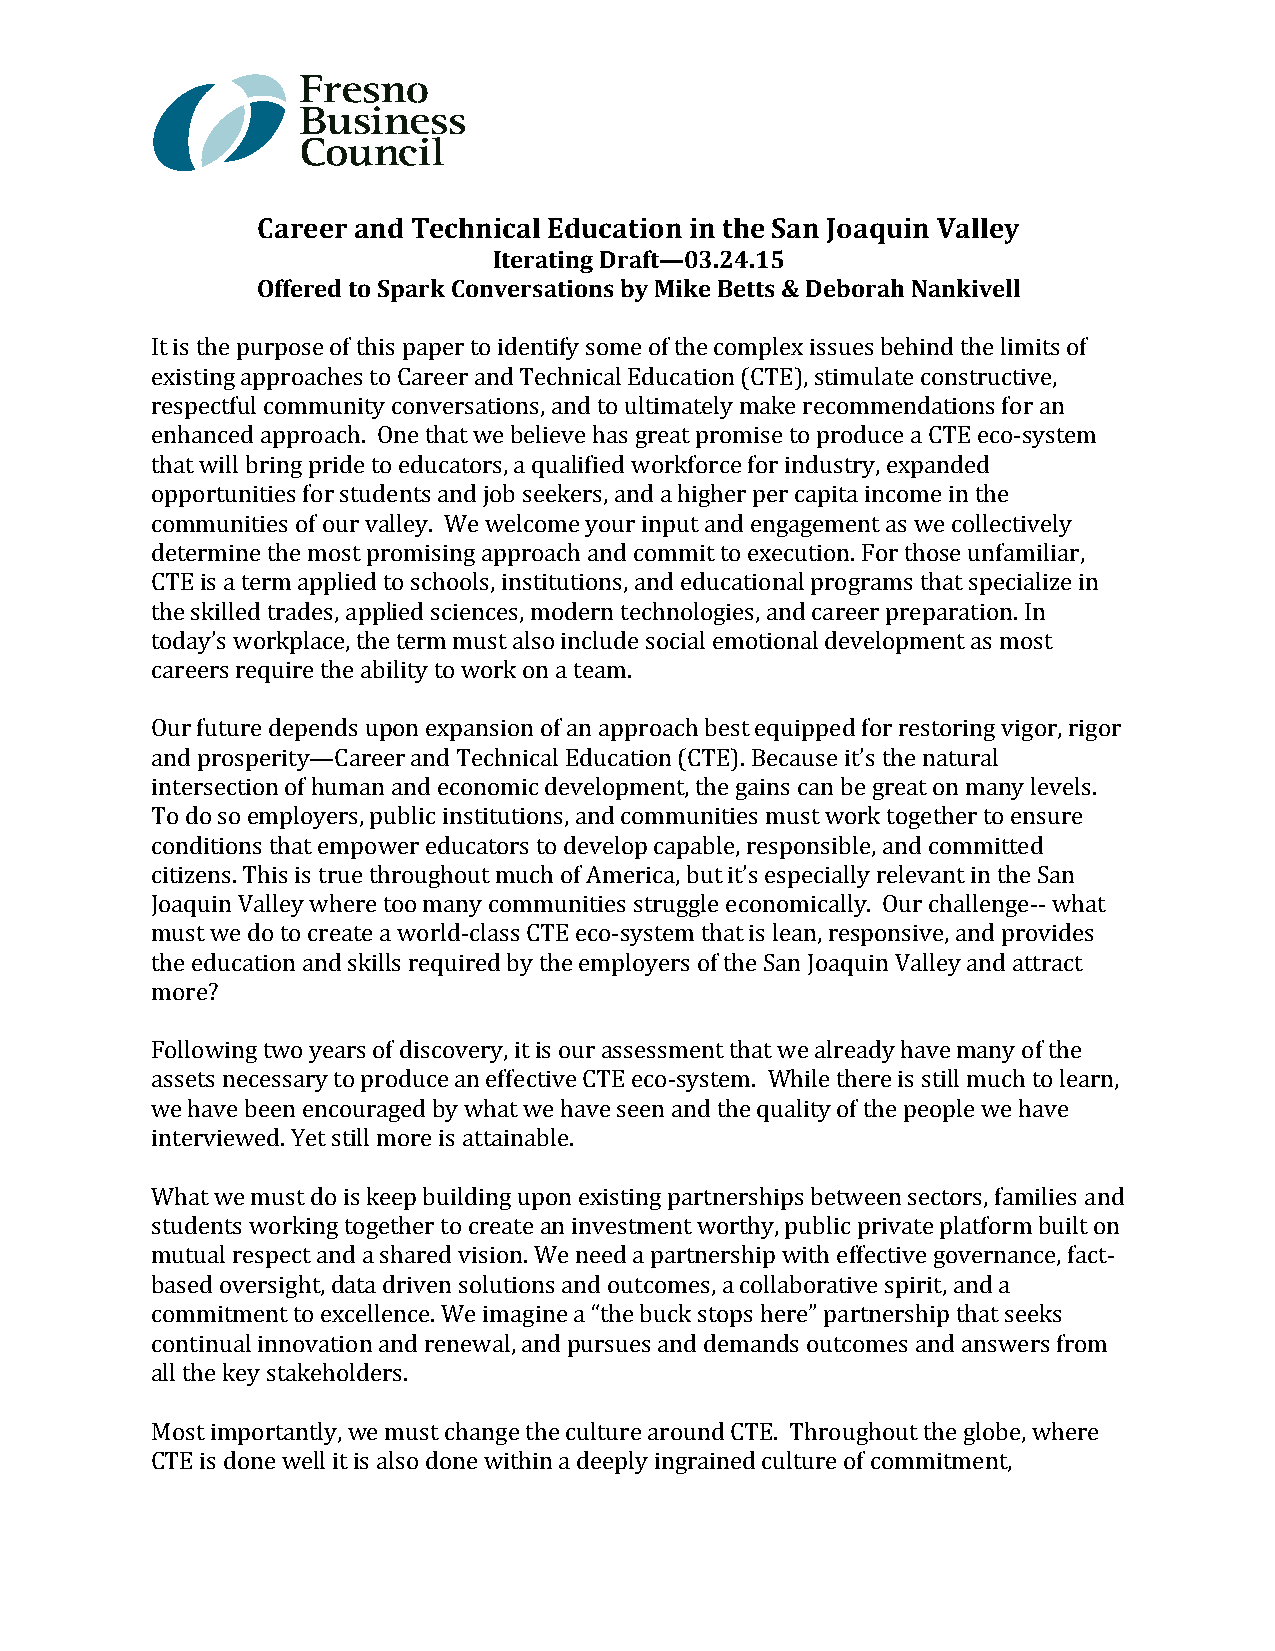
Career and Technical Education in the San Joaquin Valley
 Iterating Draft—03.24.15
 Offered to Spark Conversations by Mike Betts & Deborah Nankivell
 It is the purpose of this paper to identify some of the complex issues behind the limits of
 existing approaches to Career and Technical Education (CTE), stimulate constructive,
 respectful community conversations, and to ultimately make recommendations for an
 enhanced approach. One that we believe has great promise to produce a CTE eco-system
 that will bring pride to educators, a qualified workforce for industry, expanded
 opportunities for students and job seekers, and a higher per capita income in the
 communities of our valley. We welcome your input and engagement as we collectively
 determine the most promising approach and commit to execution. For those unfamiliar,
 CTE is a term applied to schools, institutions, and educational programs that specialize in
 the skilled trades, applied sciences, modern technologies, and career preparation. In
 today’s workplace, the term must also include social emotional development as most
 careers require the ability to work on a team.
 Our future depends upon expansion of an approach best equipped for restoring vigor, rigor
 and prosperity—Career and Technical Education (CTE). Because it’s the natural
 intersection of human and economic development, the gains can be great on many levels.
 To do so employers, public institutions, and communities must work together to ensure
 conditions that empower educators to develop capable, responsible, and committed
 citizens. This is true throughout much of America, but it’s especially relevant in the San
 Joaquin Valley where too many communities struggle economically. Our challenge-- what
 must we do to create a world-class CTE eco-system that is lean, responsive, and provides
 the education and skills required by the employers of the San Joaquin Valley and attract
 more?
 Following two years of discovery, it is our assessment that we already have many of the
 assets necessary to produce an effective CTE eco-system. While there is still much to learn,
 we have been encouraged by what we have seen and the quality of the people we have
 interviewed. Yet still more is attainable.
 What we must do is keep building upon existing partnerships between sectors, families and
 students working together to create an investment worthy, public private platform built on
 mutual respect and a shared vision. We need a partnership with effective governance, fact-
 based oversight, data driven solutions and outcomes, a collaborative spirit, and a
 commitment to excellence. We imagine a “the buck stops here” partnership that seeks
 continual innovation and renewal, and pursues and demands outcomes and answers from
 all the key stakeholders.
 Most importantly, we must change the culture around CTE. Throughout the globe, where
 CTE is done well it is also done within a deeply ingrained culture of commitment,